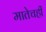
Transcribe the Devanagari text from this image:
मातेचही